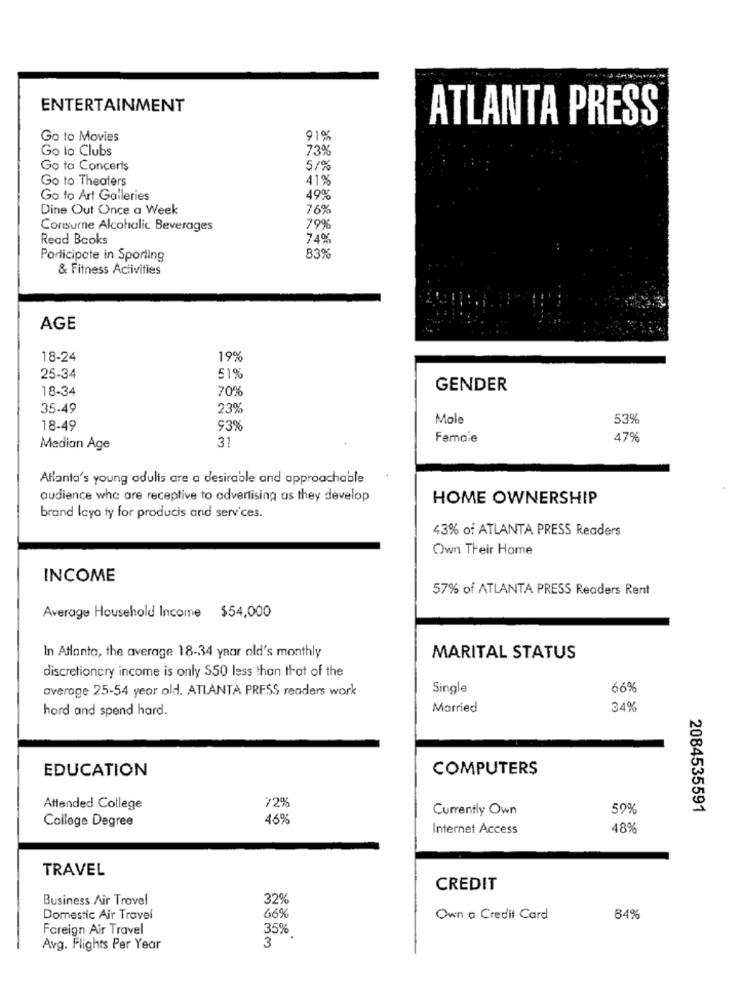
ENTERTAINMENT
ATLANTA PRESS
Go to Movies
91%
Go to Clubs
73%
Go to Concerts
5/%
Go to Theaters
41%
Go to Art Galleries
Dine Out Once a Week
76%
Consurne Alcoholic Beverages
79%
Read Books
74%
Participate in Sporling
83%
& Fitness Activities
AGE
18-24
19%
25-34
51%
18-34
70%
GENDER
35-49
23%
Mole
53%
18-49
93%
Female
47%
Median Age
31
Atlanta's young adults are a desirable and approachable
audience who are receptive to advertising as they develop
HOME OWNERSHIP
brand leya ty for producis and services.
43% of ATLANTA PRESS Readers
Own Their Home
INCOME
57% of ATLANTA PRESS Readers Rent
Average Household Income $54,000
In Atlanta, the average 18-34 year old's monthly
MARITAL STATUS
discretioncry income is only $50 less than that of the
average 25-54 year old. ATLANTA PRESS readers work
Single
66%
hord and spend hard.
Married
34%
EDUCATION
COMPUTERS
72%
Attended College
Currently Own
59%
2084535591
College Degree
46%
Internet Access
489
TRAVEL
CREDIT
Business Air Travel
32%
Domestic Air Travel
66%
Own a Credit Card
84%
Foreign Air Travel
35%
3
Avg. Flights Per Year